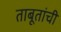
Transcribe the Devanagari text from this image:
ताबूतांची